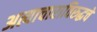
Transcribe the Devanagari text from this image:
अत्याचाराविरुद्धचे